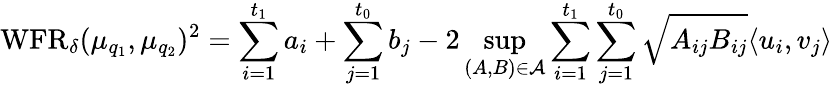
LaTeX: \operatorname{WFR}_{\delta}(\mu_{q_{1}},\mu_{q_{2}})^{2}=\sum_{i=1}^{t_{1}}a_{i}+\sum_{j=1}^{t_{0}}b_{j}-2\operatorname*{sup}_{(A,B)\in\mathcal{A}}\sum_{i=1}^{t_{1}}\sum_{j=1}^{t_{0}}\sqrt{A_{ij}B_{ij}}\langle u_{i},v_{j}\rangle